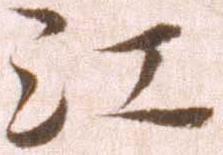
江